画像に写った文字を読んでください
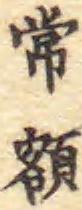
「常額」と書いてあります